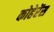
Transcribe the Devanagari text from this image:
कोहेरेंस